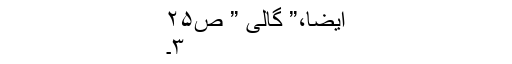
ایضاََ،” گالی ” ص۲۵
۳۔